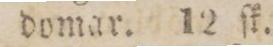
domar. 12 ſk.